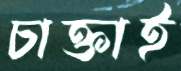
চাক্তাই